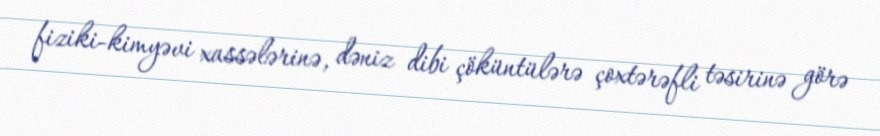
fiziki-kimyəvi xassələrinə, dəniz dibi çöküntülərə çoxtərəfli təsirinə görə